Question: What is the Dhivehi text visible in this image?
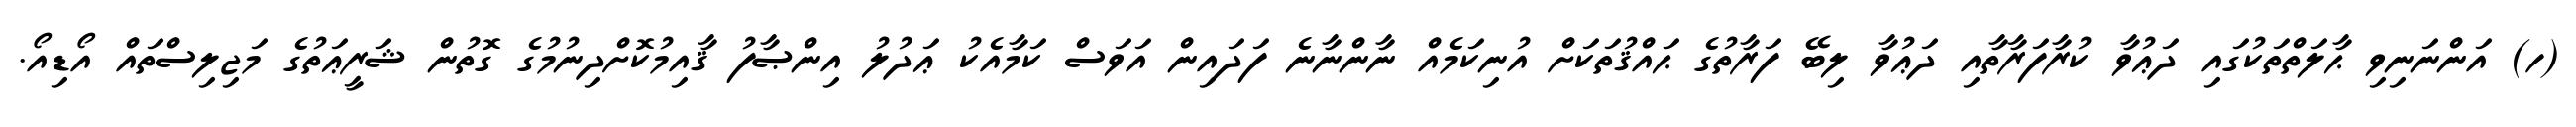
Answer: (ހ) އަންނަނިވި ޙާލަތްތަކުގައި ދަޢުވާ ކުރާފަރާތާއި ދަޢުވާ ލިބޭ ފަރާތުގެ ޙައްޤުތަކަށް އުނިކަމެއް ނާންނާނެ ފަދައިން އަވަސް ކަމާއެކު ޢަދުލު އިންޞާފު ޤާއިމުކޮށްދިނުމުގެ ގޮތުން ޝަރީޢަތުގެ މަޖިލިސްތައް އޯޑިއޯ.